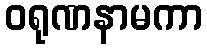
ဝရုဏနာမကာ